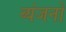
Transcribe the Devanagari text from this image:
व्‍यंजनो